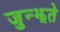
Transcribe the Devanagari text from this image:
जुन्झते